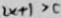
2 x + 1 > c